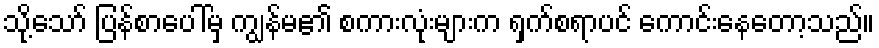
သို့သော် ပြန်စာပေါ်မှ ကျွန်မ၏ စကားလုံးများက ရှက်စရာပင် ကောင်းနေတော့သည်။